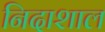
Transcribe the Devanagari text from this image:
निदाशाल